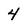
Character: 4